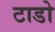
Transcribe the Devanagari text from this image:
टाडो